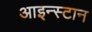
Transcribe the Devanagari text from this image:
आइन्स्टान